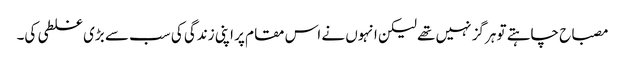
مصباح چاہتے تو ہرگز نہیں تھے لیکن انہوں نے اس مقام پر اپنی زندگی کی سب سے بڑی غلطی کی۔